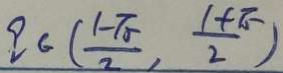
q \in ( \frac { 1 - \sqrt { 5 } } { 2 } , \frac { 1 + \sqrt { 5 } } { 2 } )